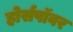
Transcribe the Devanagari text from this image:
होर्सपॉवर